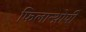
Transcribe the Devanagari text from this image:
फिलान्थ्रोपी